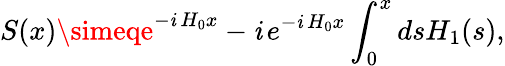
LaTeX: S(x)\simeqe^{-\mathit{i}\, H_{0}x}-\mathit{i}\, e^{-\mathit{i}\, H_{0}x}\int_{0}^{x}dsH_{1}(s),